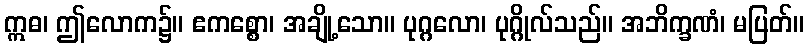
ဣဓ၊ ဤလောက၌။ ဧကစ္စော၊ အချို့သော။ ပုဂ္ဂလော၊ ပုဂ္ဂိုလ်သည်။ အဘိက္ခဏံ၊ မပြတ်။